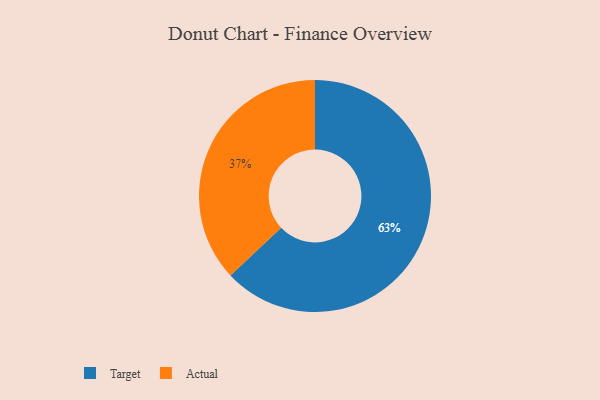
{"axis": {"x": "Category", "y": "Percentage"}, "legend": ["Actual", "Target"], "data": [{"x": "Target", "y": 63, "type": "Target"}, {"x": "Actual", "y": 37, "type": "Actual"}]}